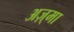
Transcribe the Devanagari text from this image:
अज़्मा